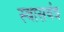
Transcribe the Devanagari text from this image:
स्वासयंत्र